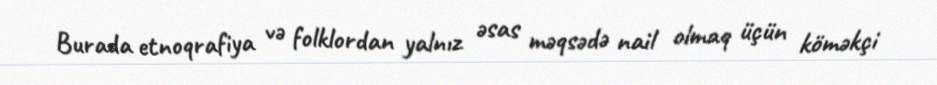
Burada etnoqrafiya və folklordan yalnız əsas məqsədə nail olmaq üçün köməkçi